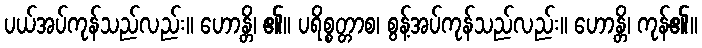
ပယ်အပ်ကုန်သည်လည်း။ ဟောန္တိ၊ ၏။ ပရိစ္စတ္တာစ၊ စွန့်အပ်ကုန်သည်လည်း။ ဟောန္တိ၊ ကုန်၏။